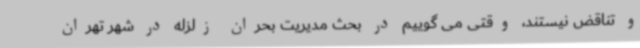
و تناقض نیستند، وقتی می گوییم در بحث مدیریت بحران زلزله در شهر تهران